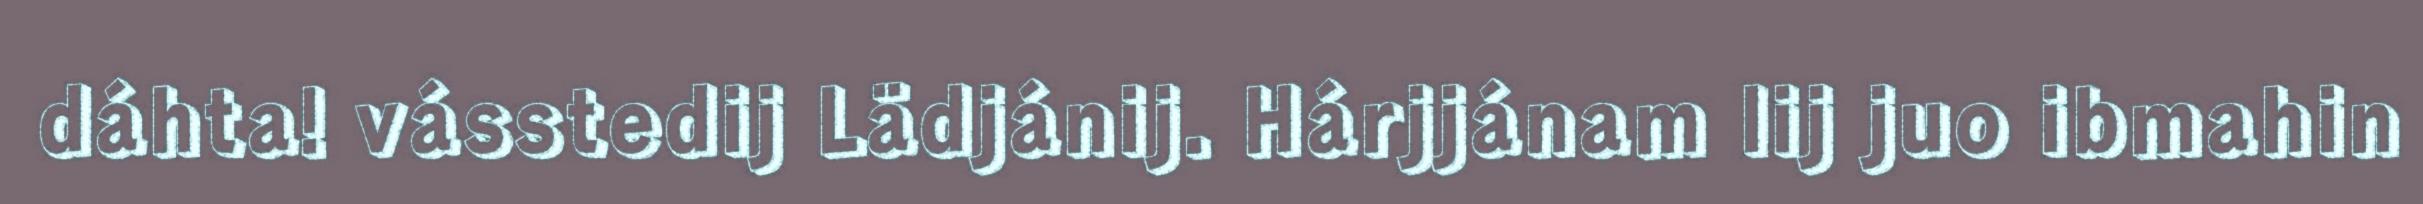
dáhta! vásstedij Lädjánij. Hárjjánam lij juo ibmahin